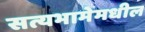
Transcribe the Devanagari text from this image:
सत्यभामेमधील